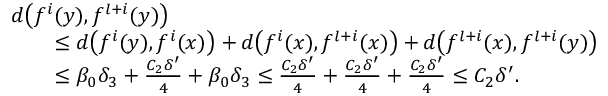
\begin{array} { r l } & { d \bigl ( f ^ { i } ( y ) , f ^ { l + i } ( y ) \bigr ) } \\ & { \qquad \leq d \bigl ( f ^ { i } ( y ) , f ^ { i } ( x ) \bigr ) + d \bigl ( f ^ { i } ( x ) , f ^ { l + i } ( x ) \bigr ) + d \bigl ( f ^ { l + i } ( x ) , f ^ { l + i } ( y ) \bigr ) } \\ & { \qquad \leq \beta _ { 0 } \delta _ { 3 } + \frac { C _ { 2 } \delta ^ { \prime } } { 4 } + \beta _ { 0 } \delta _ { 3 } \leq \frac { C _ { 2 } \delta ^ { \prime } } { 4 } + \frac { C _ { 2 } \delta ^ { \prime } } { 4 } + \frac { C _ { 2 } \delta ^ { \prime } } { 4 } \leq C _ { 2 } \delta ^ { \prime } . } \end{array}